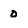
Character: 0